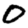
Digit: 0